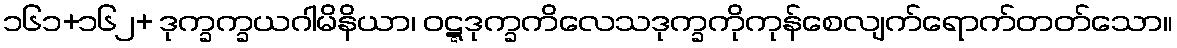
၁၆၁+၁၆၂+ ဒုက္ခက္ခယဂါမိနိယာ၊ ဝဋ္ဋဒုက္ခကိလေသဒုက္ခကိုကုန်စေလျက်ရောက်တတ်သော။